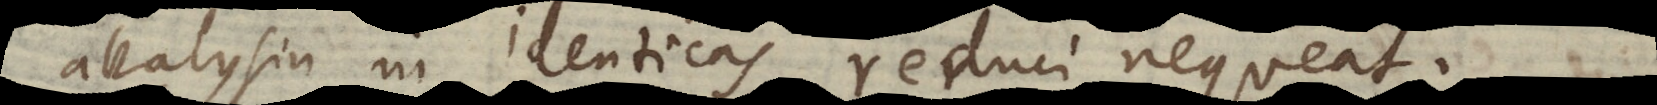
analysin in identicas reduci nequeat.